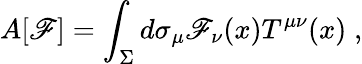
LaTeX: A[\mathscr{F}]=\int_{\Sigma}d\sigma_{\mu}\mathscr{F}_{\nu}(x)T^{\mu\nu}(x)\; ,